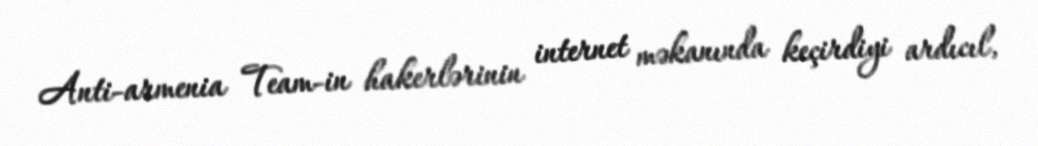
Anti-armenia Team-in hakerlərinin internet məkanında keçirdiyi ardıcıl,